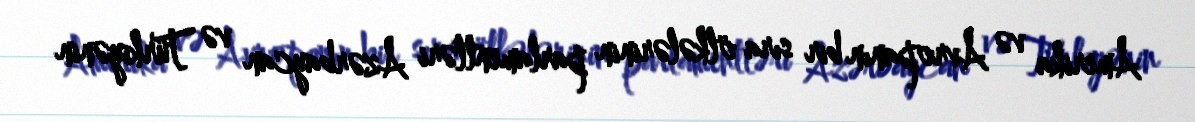
Amerika və Avropanın bir sıra ölkələrinin parlamentləri Azərbaycan və Türkiyənin